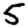
Digit: 5